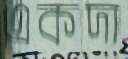
একদা